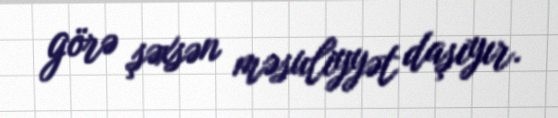
görə şəxsən məsuliyyət daşıyır.